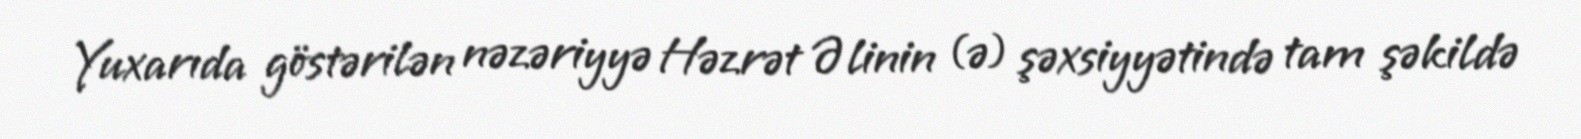
Yuxarıda göstərilən nəzəriyyə Həzrət Əlinin (ə) şəxsiyyətində tam şəkildə